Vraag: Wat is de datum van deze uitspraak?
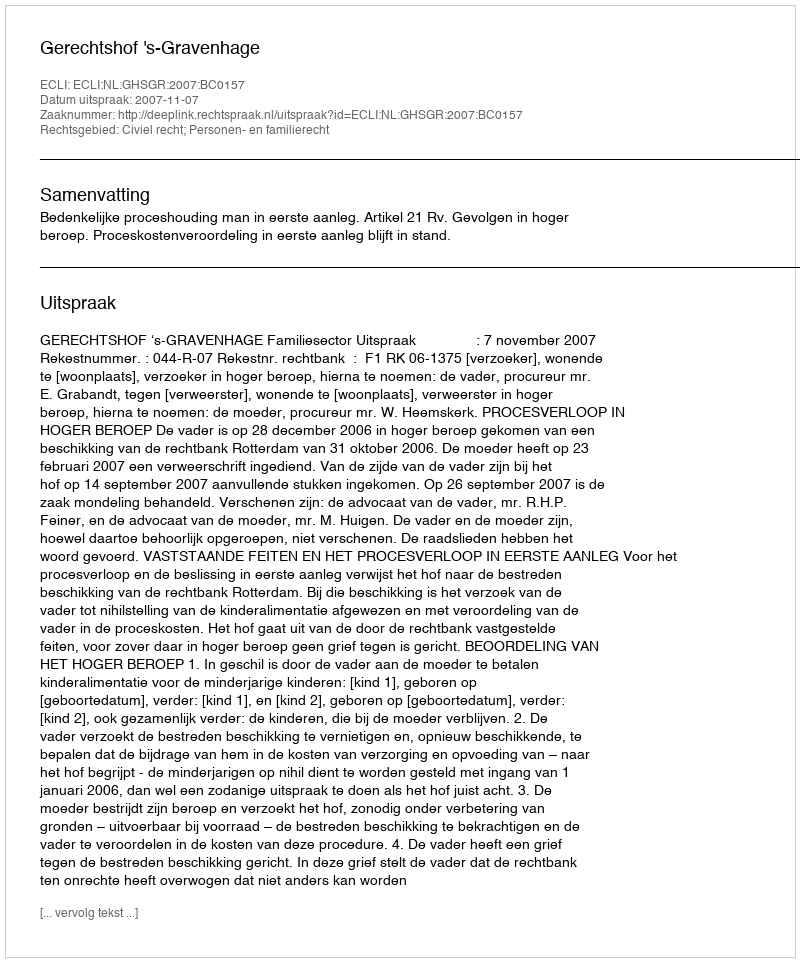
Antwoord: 2007-11-07